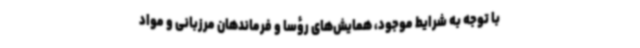
با توجه به شرایط موجود، همایش‌های رؤسا و فرماندهان مرزبانی و مواد